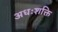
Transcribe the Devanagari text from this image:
अधःशक्ति